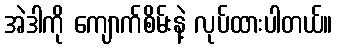
အဲဒါကို ကျောက်စိမ်းနဲ့ လုပ်ထားပါတယ်။